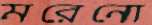
মরেনো